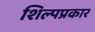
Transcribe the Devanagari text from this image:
शिल्पप्रकार